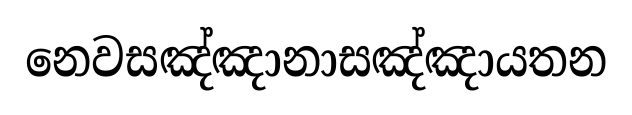
නෙවසඤ්ඤානාසඤ්ඤායතන